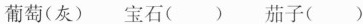
葡萄(灰) 宝石( ) 茄子( )